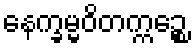
နေက္ခမ္မဝိတက္ကဉ္စေ